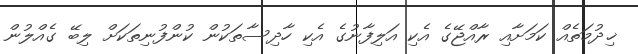
ޚިދުމަތެއް ކަމަށާއި ރާއްޖޭގެ އެކި އަލިފާނުގެ އެކި ހާދިސާތަކުން ކުންފުނިތަަކަށް ލިބޭ ގެއްލުން